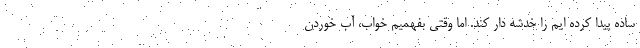
ساده پیدا کرده ایم را خدشه دار کند. اما وقتی بفهمیم خواب، آب خوردن